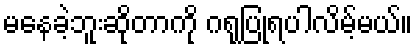
မနေခဲ့ဘူးဆိုတာကို ဂရုပြုရပါလိမ့်မယ်။